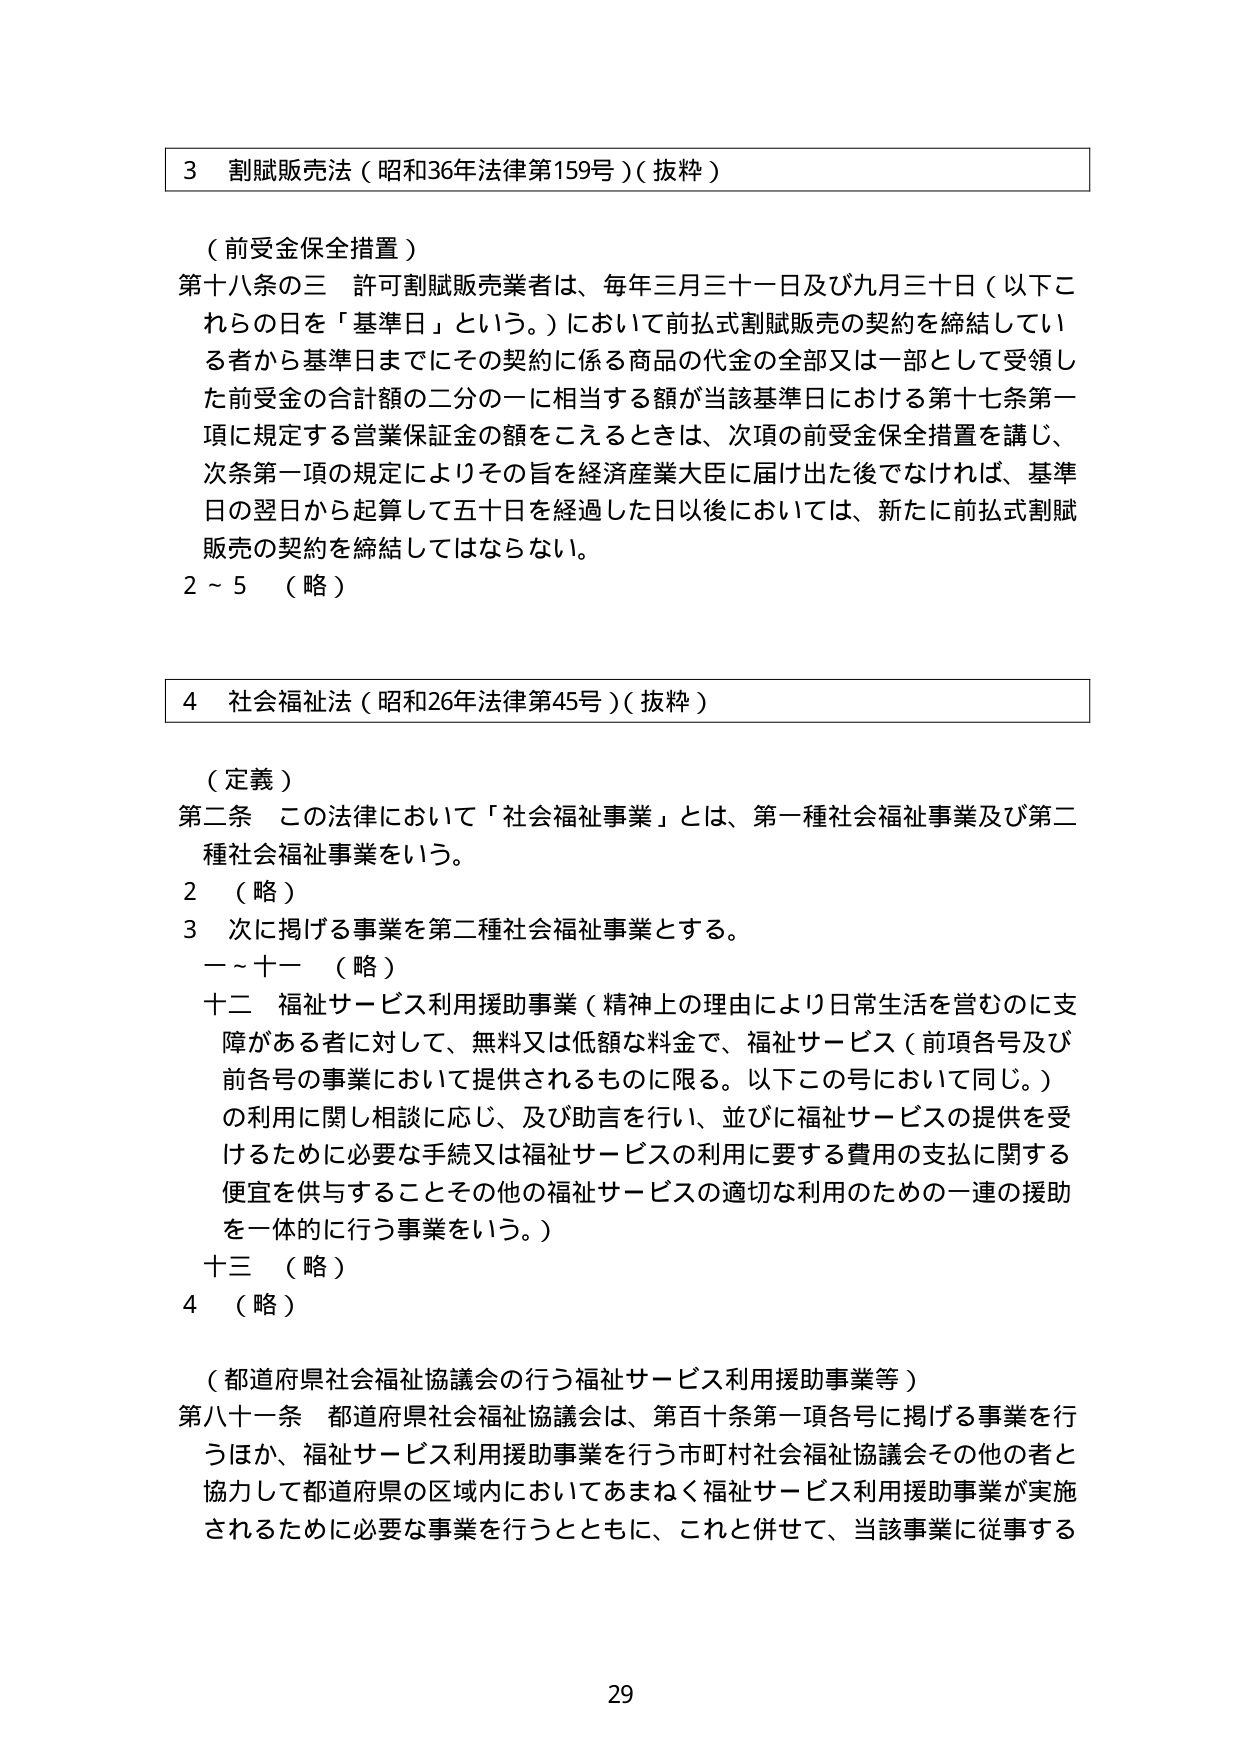
3 割賦販売法（昭和36年法律第159号）（抜粋）

（前受金保全措置）
第十八条の三 許可割賦販売業者は、毎年三月三十一日及び九月三十日（以下これらの日を「基準日」という。）において前払式割賦販売の契約を締結している者から基準日までにその契約に係る商品の代金の全部又は一部として受領した前受金の合計額の二分の一に相当する額が当該基準日における第十七条第一項に規定する営業保証金の額をこえるときは、次項の前受金保全措置を講じ、次条第一項の規定によりその旨を経済産業大臣に届け出た後でなければ、基準日の翌日から起算して五十日を経過した日以後においては、新たに前払式割賦販売の契約を締結してはならない。
2～5 （略）

4 社会福祉法（昭和26年法律第45号）（抜粋）

（定義）
第二条 この法律において「社会福祉事業」とは、第一種社会福祉事業及び第二種社会福祉事業をいう。
2 （略）
3 次に掲げる事業を第二種社会福祉事業とする。
一～十一 （略）
十二 福祉サービス利用援助事業（精神上の理由により日常生活を営むのに支障がある者に対して、無料又は低額な料金で、福祉サービス（前項各号及び前各号の事業において提供されるものに限る。以下この号において同じ。）の利用に関し相談に応じ、及び助言を行い、並びに福祉サービスの提供を受けるために必要な手続又は福祉サービスの利用に要する費用の支払に関する便宜を供与することその他の福祉サービスの適切な利用のための一連の援助を一体的に行う事業をいう。）
十三 （略）
4 （略）

（都道府県社会福祉協議会の行う福祉サービス利用援助事業等）
第八十一条 都道府県社会福祉協議会は、第百十条第一項各号に掲げる事業を行うほか、福祉サービス利用援助事業を行う市町村社会福祉協議会その他の者と協力して都道府県の区域内においてあまねく福祉サービス利用援助事業が実施されるために必要な事業を行うとともに、これと併せて、当該事業に従事する

29